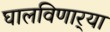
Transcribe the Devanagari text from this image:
घालविणार्‍या